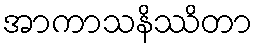
အာကာသနိဿိတာ